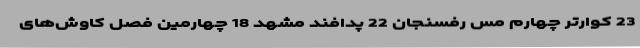
23 کوارتر چهارم مس رفسنجان 22 پدافند مشهد 18 چهارمین فصل کاوش‌های